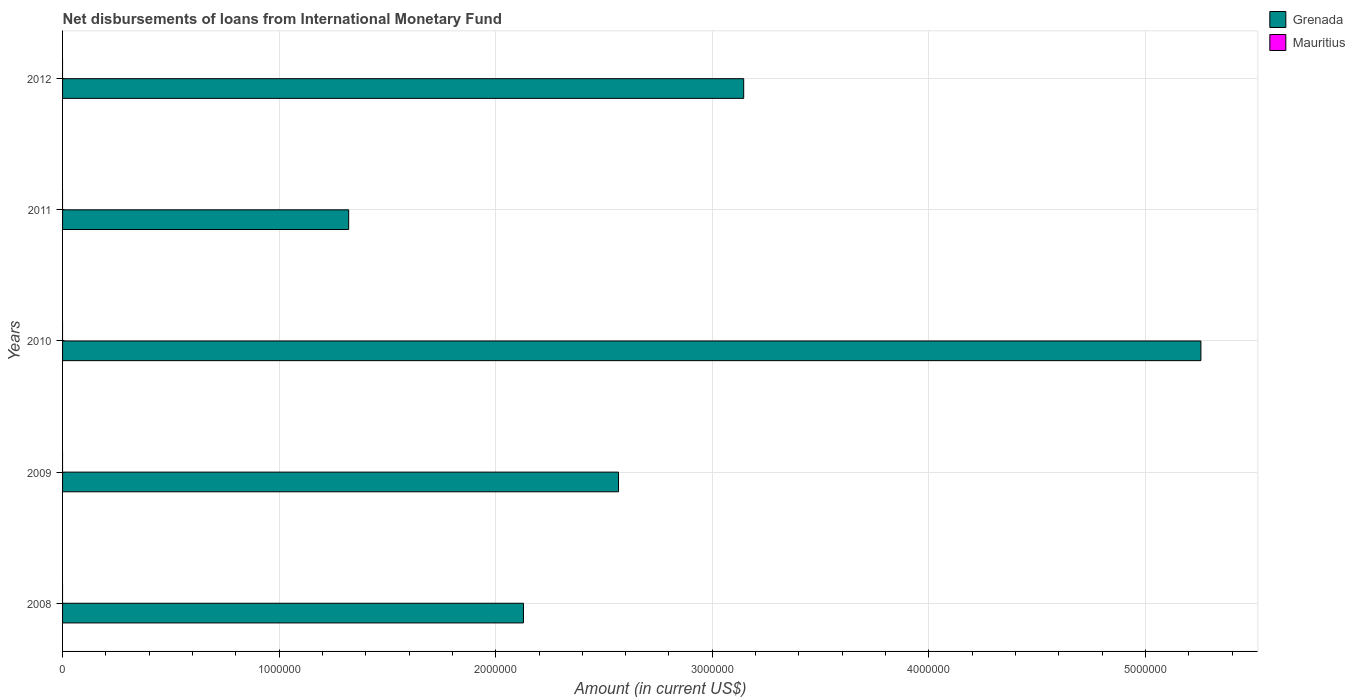
| Years | Grenada | Mauritius |
 | --- | --- | --- |
 | 2008 | 2.13e+06 | -6.13e+05 |
 | 2009 | 2.57e+06 | -6.13e+05 |
 | 2010 | 5.26e+06 | -6.13e+05 |
 | 2011 | 1.32e+06 | -6.13e+05 |
 | 2012 | 3.14e+06 | -6.13e+05 |